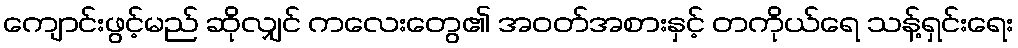
ကျောင်းဖွင့်မည် ဆိုလျှင် ကလေးတွေ၏ အဝတ်အစားနှင့် တကိုယ်ရေ သန့်ရှင်းရေး